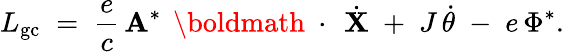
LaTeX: L_{\mathrm{gc}}\; =\; \frac{e}{c}\, {\mathbf A}^{*}\, \mathrm{~\boldmath~\cdot~}\, \dot{\mathbf X}\; +\; J\, \dot{\theta}\; -\; e\, \Phi^{*}.